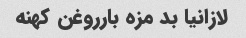
لازانیا بد مزه بارروغن کهنه